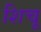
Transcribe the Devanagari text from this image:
शिचू